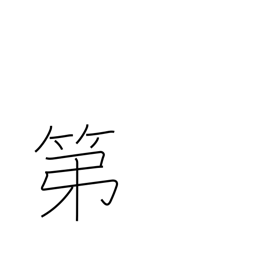
Meaning: residence